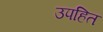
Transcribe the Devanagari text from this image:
उपहित